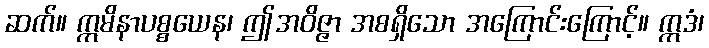
ဆက်။ ဣမိနာပစ္စယေန၊ ဤအဝိဇ္ဇာ အစရှိသော အကြောင်းကြောင့်။ ဣဒံ၊